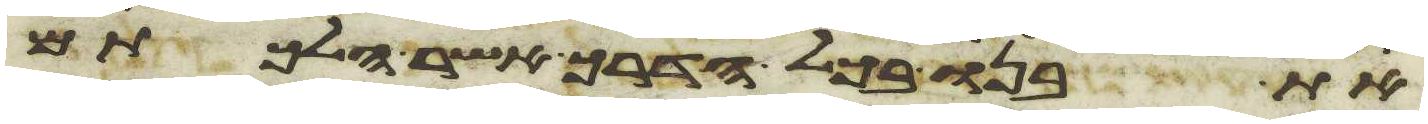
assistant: את בנו בכל הדרך אשר הלכתם